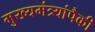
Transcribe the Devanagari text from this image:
मुख्यमंत्र्यांपैकी